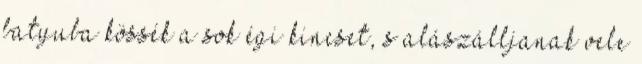
batyuba kössék a sok égi kincset, s alászálljanak vele